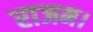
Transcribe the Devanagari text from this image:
राजम।